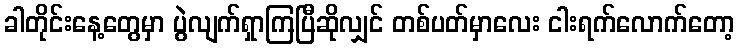
ခါတိုင်းနေ့တွေမှာ ပွဲလျက်ရှာကြပြီဆိုလျှင် တစ်ပတ်မှာလေး ငါးရက်လောက်တော့